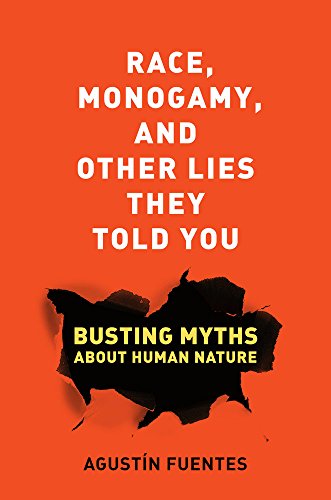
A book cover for Race, Monogamy, and Other Lies They Told You: Busting Myths about Human Nature; AgustÃ­n Fuentes; Politics & Social Sciences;